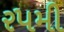
ર૫મી